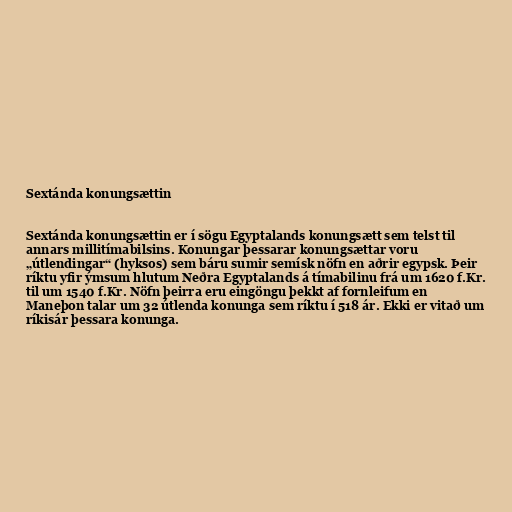
Sextánda konungsættin

Sextánda konungsættin er í sögu Egyptalands konungsætt sem telst til
annars millitímabilsins. Konungar þessarar konungsættar voru
„útlendingar“ (hyksos) sem báru sumir semísk nöfn en aðrir egypsk. Þeir
ríktu yfir ýmsum hlutum Neðra Egyptalands á tímabilinu frá um 1620 f.Kr.
til um 1540 f.Kr. Nöfn þeirra eru eingöngu þekkt af fornleifum en
Maneþon talar um 32 útlenda konunga sem ríktu í 518 ár. Ekki er vitað um
ríkisár þessara konunga.